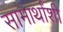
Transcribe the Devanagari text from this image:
सामार्थांशी